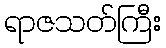
ရာဇသတ်ကြီး